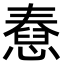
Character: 憃